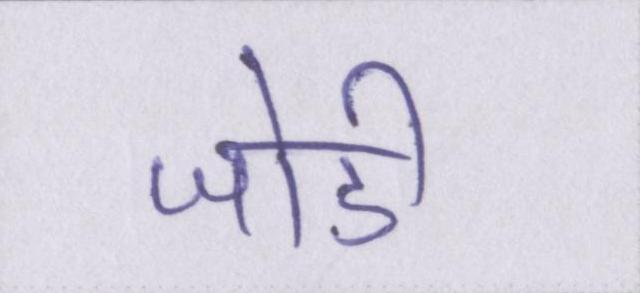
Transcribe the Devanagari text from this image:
जोडी